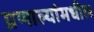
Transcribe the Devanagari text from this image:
प्रणाल्यांमधील